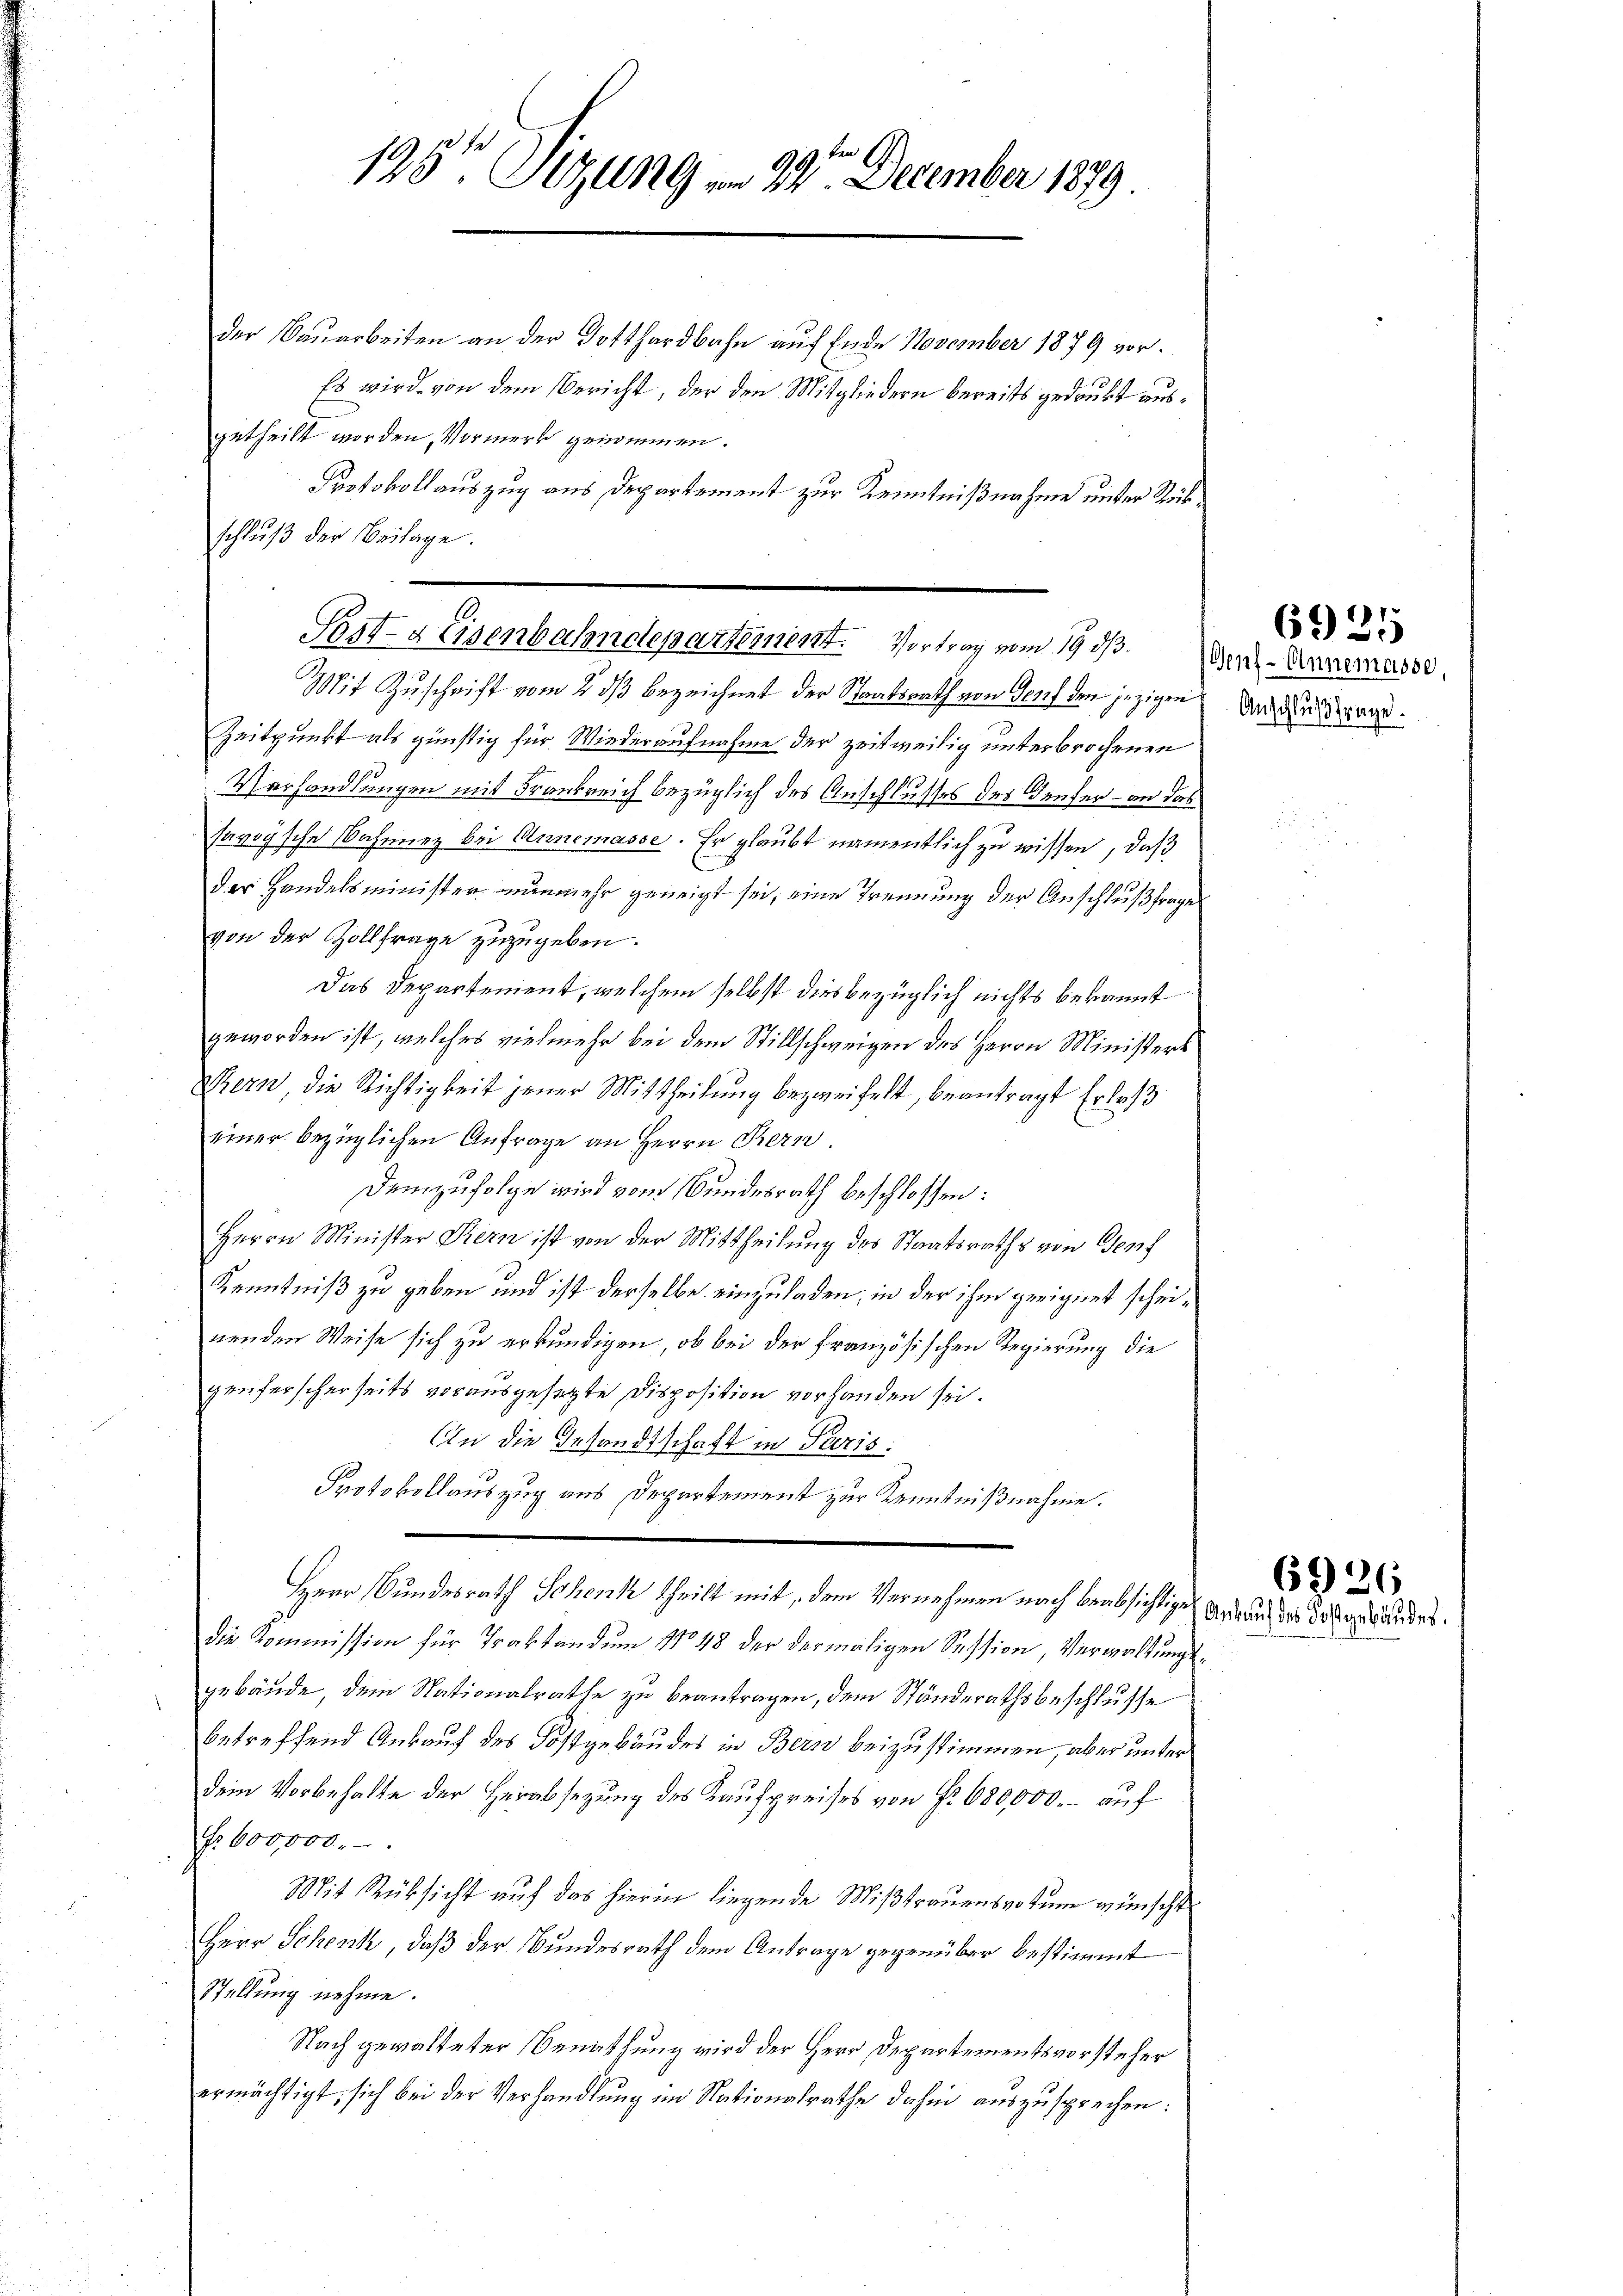
135ten Sizung in 22ten December 1879

Post- & Eisenbahndepartement. Vortrag vom 19. ds. Und Annemasse

der Bauarbeiten an der Gotthardbahn auf Ende November 1879 vor¬
Es wird von dem Bericht, der den Mitgliedern bereits gedrukt ausgetheilt worden, Vormerk genommen.
Protokollauszug aus Departement zur Kenntnißnahme unter Rükschluß der Beilage.
Mit Zuschrift vom 2. ds bezeichnet der Staatsrath von den den jezigen
Zeitpunkt als günstig für Wiederaufnahme der zeitweilig unterbrochenen
Verhandlungen mit Frankreich bezüglich des Anschlusses des Genfer – an das
savoyische Bahnez bei Annemasse. Er glaubt namentlich zu wissen, daß
der Handelsminister nunmehr geneigt sei, eine Trennung der Anschlußfrage
von der Zollfrage zuzugeben.
Das Departement, welchem selbst dies bezüglich nichts bekannt
geworden ist, welches vielmehr bei dem Stillschweigen des Herrn Ministers
Bern, die Richtigkeit jener Mittheilung bezweifelt, beantragt Erlaß
einer bezüglichen Anfrage an Herrn Bern.
Demzufolge wird vom Bundesrath beschlossen:
Herrn Minister Stern ist von der Mittheilung des Staatsraths von Genf
Kenntniß zu geben und ist derselbe einzuladen, in der ihm geeignet scheinenden Weise sich zu erkundigen, ob bei der Französischen Regierung die
genferscherseits vorausgesetzte Disposition vorhanden sei.
An die Gesandtschaft in Paris.
Protokollauszug aus Departement zur Kenntnißnahme.
Herr Bundesrath Schenk theilt mit, dem Vernehmen nach beabsichtige Anderung der das ande
die Kommission für Traktandum No 48 der dermaligen Session, Verwaltungsgebäude, dem Nationalrathe zu beantragen, dem Ständerathsbeschlusse
betreffend Ankauf des Kostgebäudes in Bern beizustimmen, aber unter
dem Vorbehalte der Herabsezung des Kaufpreises von Fr. 680,000.- auf
Nr 600,000.
Mit Rücksicht auf das hierin liegende Mißtrauensvotum wünscht
Herr Schenk, daß der Bundesrath dem Antrage gegenüber bestimmt
Stellung nehme.
Nach gewalteter Berathung wird der Herr Departementsvorsteher
ermächtigt, sich bei der Verhandlŭng im Nationalrathe dahin auszusprechen:

Anschlußfrage.

6925

6926